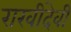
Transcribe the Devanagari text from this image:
राखीदेवी